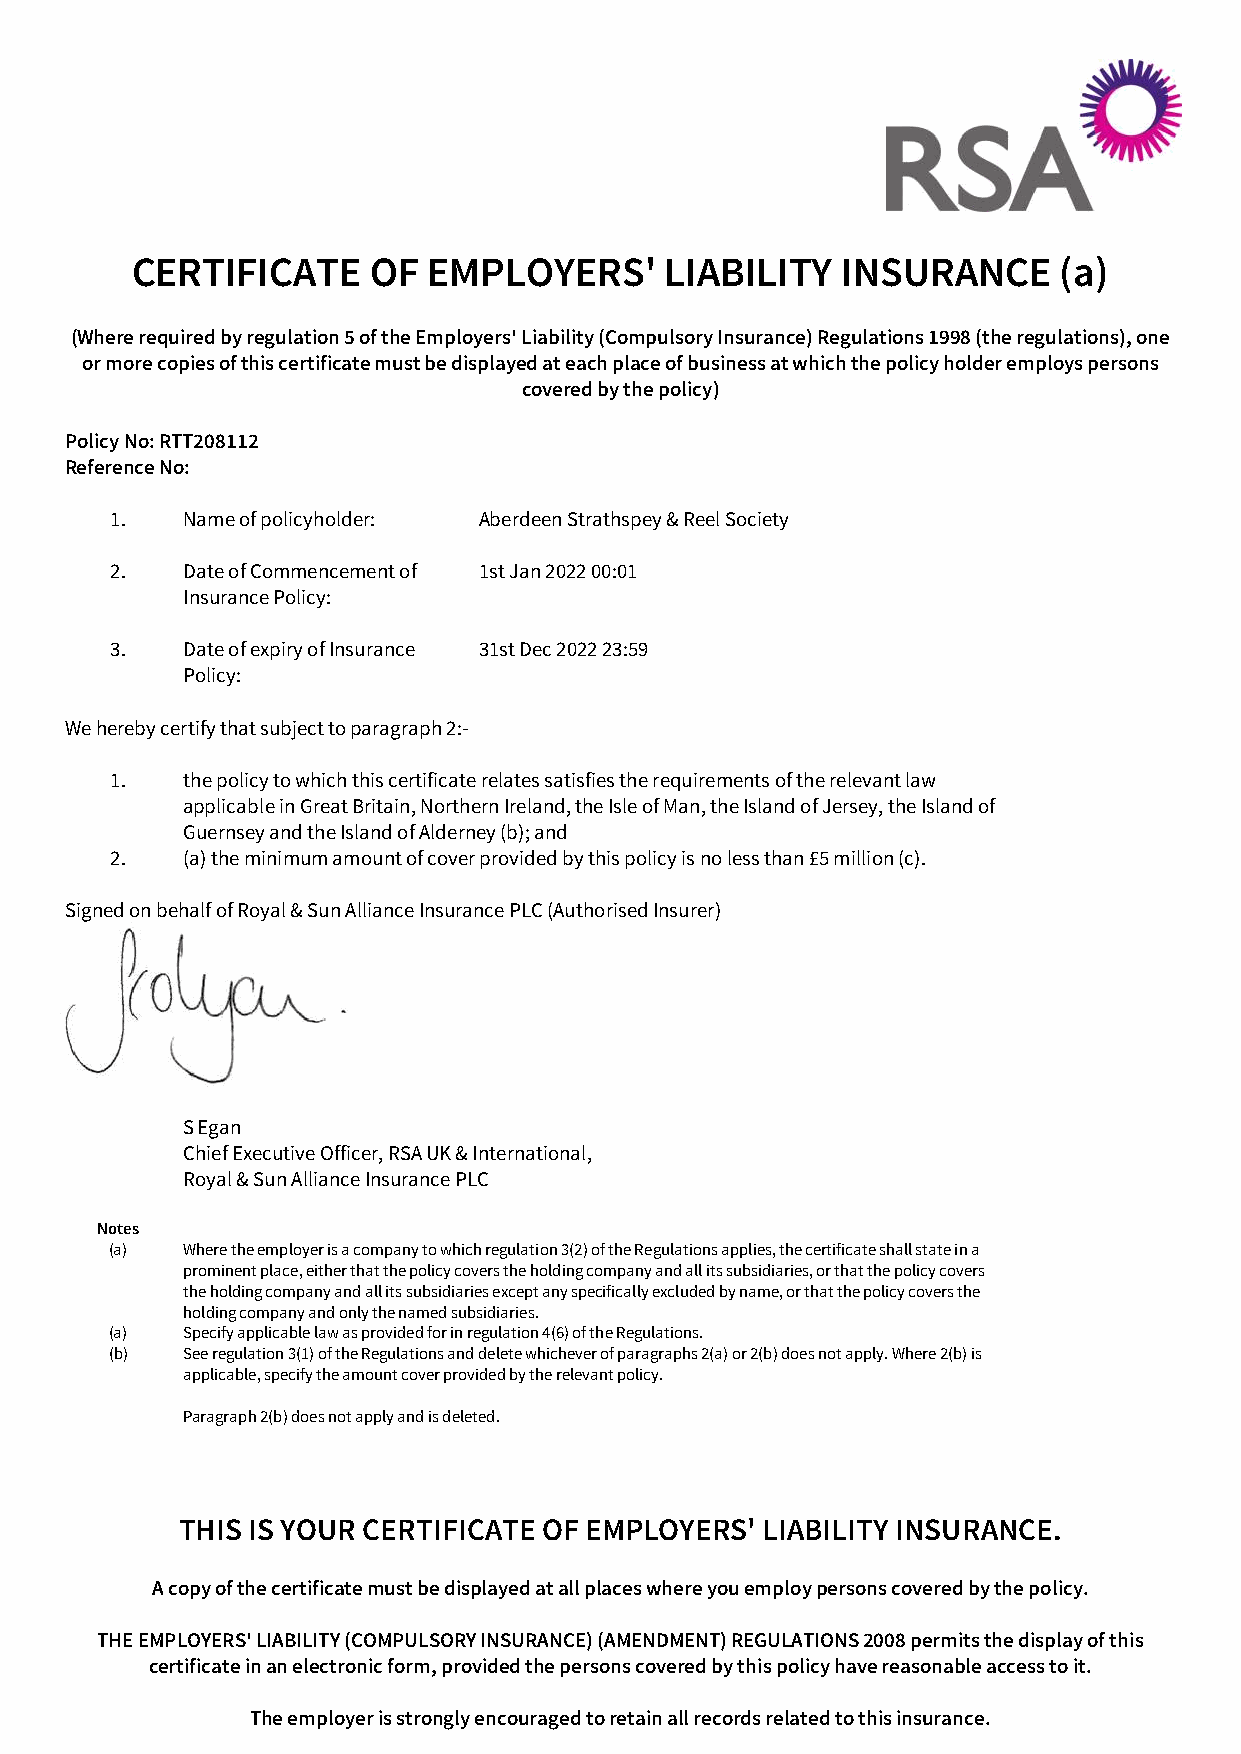
CERTIFICATE     OF EMPLOYERS'      LIABILITY   INSURANCE     (a)
 (Where required by regulation 5 of the Employers' Liability (Compulsory Insurance) Regulations 1998 (the regulations), one
 or more copies of this certificate must be displayed at each place of business at which the policy holder employs persons
 covered by the policy)
 Policy No: RTT208112
 Reference No:
 1.   Name of policyholder: Aberdeen Strathspey & Reel Society
 2.   Date of Commencement of 1st Jan 2022 00:01
 Insurance Policy:
 3.   Date of expiry of Insurance 31st Dec 2022 23:59
 Policy:
 We hereby certify that subject to paragraph 2:-
 1.   the policy to which this certificate relates satisfies the requirements of the relevant law
 applicable in Great Britain, Northern Ireland, the Isle of Man, the Island of Jersey, the Island of
 Guernsey and the Island of Alderney (b); and
 2.   (a) the minimum amount of cover provided by this policy is no less than £5 million (c).
 Signed on behalf of Royal & Sun Alliance Insurance PLC (Authorised Insurer)
 S Egan
 Chief Executive Officer, RSA UK & International,
 Royal & Sun Alliance Insurance PLC
 Notes
 (a)  Where the employer is a company to which regulation 3(2) of the Regulations applies, the certificate shall state in a
 prominent place, either that the policy covers the holding company and all its subsidiaries, or that the policy covers
 the holding company and all its subsidiaries except any specifically excluded by name, or that the policy covers the
 holding company and only the named subsidiaries.
 (a)  Specify applicable law as provided for in regulation 4(6) of the Regulations.
 (b)  See regulation 3(1) of the Regulations and delete whichever of paragraphs 2(a) or 2(b) does not apply. Where 2(b) is
 applicable, specify the amount cover provided by the relevant policy.
 Paragraph 2(b) does not apply and is deleted.
 THIS IS YOUR CERTIFICATE OF EMPLOYERS' LIABILITY INSURANCE.
 A copy of the certificate must be displayed at all places where you employ persons covered by the policy.
 THE EMPLOYERS' LIABILITY (COMPULSORY INSURANCE) (AMENDMENT) REGULATIONS 2008 permits the display of this
 certificate in an electronic form, provided the persons covered by this policy have reasonable access to it.
 The employer is strongly encouraged to retain all records related to this insurance.
 Powered by TCPDF (www.tcpdf.org)